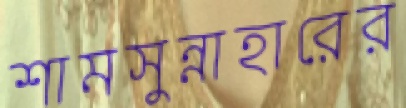
শামসুন্নাহারের